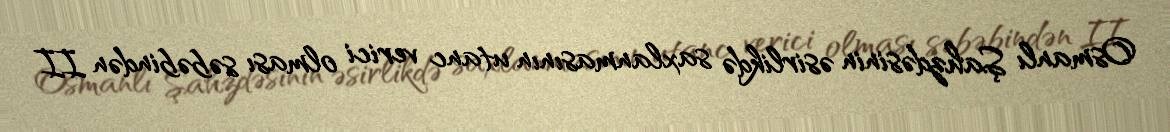
Osmanlı Şahzdəsinin əsirlikdə saxlanmasının utanc verici olması səbəbindən II